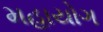
મહાયોગ